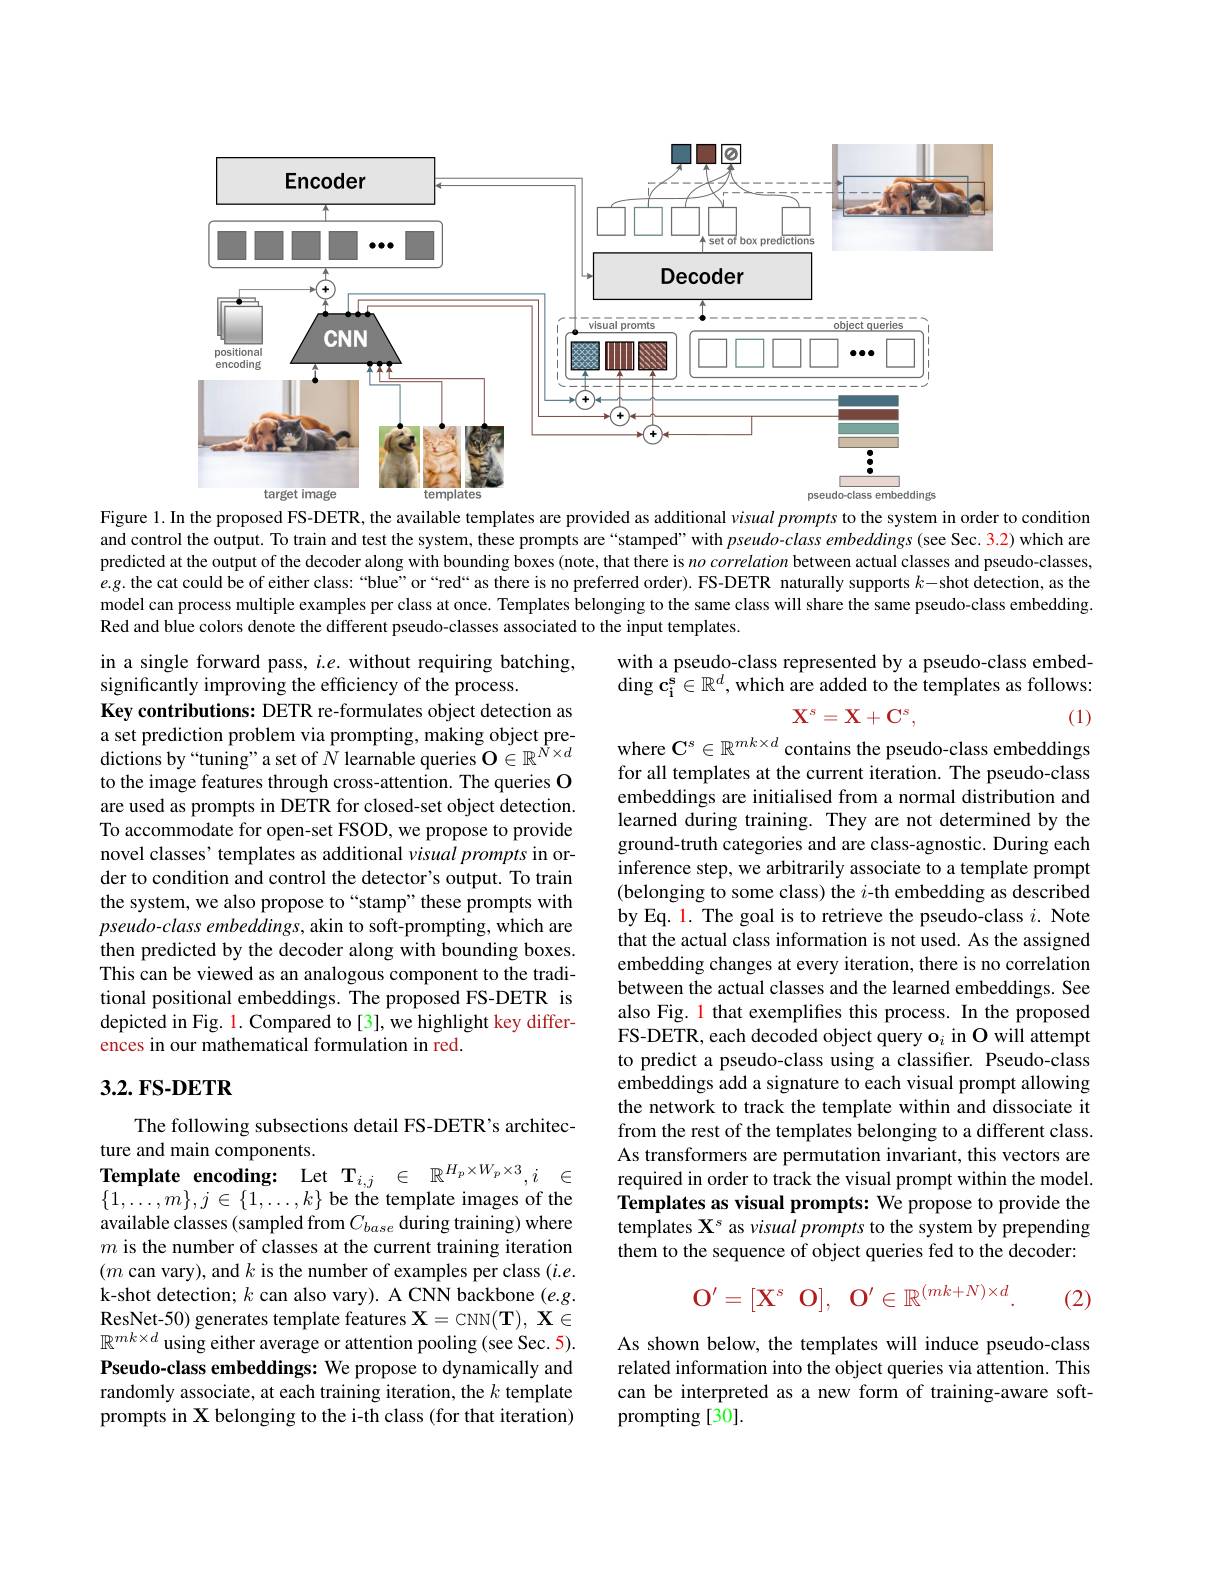
<FigureHere>
Figure 1. In the proposed FS-DETR, the available templates are provided as additional visual prompts to the system in order to condition

and control the output. To train and test the system, these prompts are“stamped” with pseudo-class embeddings(see Sec. 3.2) which are predicted at the output of the decoder along with bounding boxes (note, that there is $no\textit{correlation between actual classes and pseudo- classes, }$ e.g. the cat could be of either class: “blue” or“red“ as there is no preferred order). FS-DETR naturally supports $k-$shot detection, as the model can process multiple examples per class at once. Templates belonging to the same class will share the same pseudo-class embedding. Red and blue colors denote the different pseudo-classes associated to the input templates.

with a pseudo-class represented by a pseudo-class embed- $\operatorname{ding}\tilde{\mathbf{c_i^s}}\in\mathbb{R^d},whichare$ added to the templates as follows:
$$\mathrm{X}^s=\mathrm{X}+\mathrm{C}^s,$$
where $\mathbf{C}^s\in\mathbb{R}^{mk\times d}$ contains the pseudo-class embeddings

(1)

in a single forward pass, $i.e.$ without requiring batching,
significantly improving the efficiency of the process.
Key contributions: DETR re-formulates object detection as a set prediction problem via prompting, making object predictions by“tuning”a set of $N$ learnable queries $\mathbf{O}\in\mathbb{R}^N\times d$ to the image features through cross-attention. The queries O are used as prompts in DETR for closed-set object detection. To accommodate for open-set FSOD, we propose to provide novel classes' templates as additional visual prompts in order to condition and control the detector's output. To train the system, we also propose to“stamp”these prompts with pseudo-class embeddings, akin to soft-prompting, which are then predicted by the decoder along with bounding boxes. This can be viewed as an analogous component to the traditional positional embeddings. The proposed FS-DETR is depicted in Fig. 1. Compared to[3], we highlight key differences in our mathematical formulation in red.

for all templates at the current iteration. The pseudo-class embeddings are initialised from a normal distribution and learned during training. They are not determined by the ground-truth categories and are class-agnostic. During each inference step, we arbitrarily associate to a template prompt (belonging to some class) the $i$-th embedding as described by Eq. 1. The goal is to retrieve the pseudo-class $i.$ Note that the actual class information is not used. As the assigned embedding changes at every iteration, there is no correlation between the actual classes and the learned embeddings. See also Fig. 1 that exemplifies this process. In the proposed FS-DETR, each decoded object query o$_i$ in O will attempt to predict a pseudo-class using a classifier. Pseudo-class embeddings add a signature to each visual prompt allowing the network to track the template within and dissociate it from the rest of the templates belonging to a different class. As transformers are permutation invariant, this vectors are required in order to track the visual prompt within the model Templates as visual prompts: We propose to provide the templates $\mathbf{X}^s$ as visual prompts to the system by prepending them to the sequence of object queries fed to the decoder:

# $3.2.FS-DETR$

The following subsections detail FS-DETR's architec-
ture and main components.
Template encoding: Let $\mathbf{T}_{i,j}\in\mathbb{R}^{H_p\times W_p\times3},i\in$

$\{1,\ldots,m\},j\in\{1,\ldots,k\}$ be the template images of the available classes (sampled from $C_base$ during training) where $m$ is the number of classes at the current training iteration $(m$ can vary), and $k$ is the number of examples per class $(i.e.$ k-shot detection; $k$ can also vary). A CNN backbone $(e.g.$ ResNet-50) generates template features $\mathbf{X}=$CNN$(\mathbf{T}),\mathbf{X}\in$ $\mathbb{R}^{mk\times d}$ using either average or attention pooling (see Sec. 5). Pseudo-class embeddings: We propose to dynamically and randomly associate, at each training iteration, the $k$ template prompts in X belonging to the i-th class (for that iteration)
$$\mathrm{O}^{\prime}=[\mathrm{X}^s\mathrm{~O}],\mathrm{~O}^{\prime}\in\mathbb{R}^{(mk+N)\times d}.$$
(2)

As shown below, the templates will induce pseudo-class related information into the object queries via attention. This can be interpreted as a new form of training-aware softprompting [30]